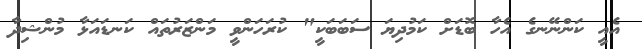
އެއީ ކަންނޭނގެ އެހާ ބޮޑަށް ކަމުދިޔަ ސަބަބަކީ" ކުރަހަންވީ މަންޒަރުތައް ކަނޑައަޅާ މުންޝިދާ